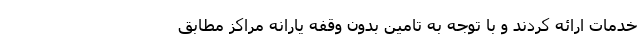
خدمات ارائه کردند و با توجه به تامین بدون وقفه یارانه مراکز مطابق